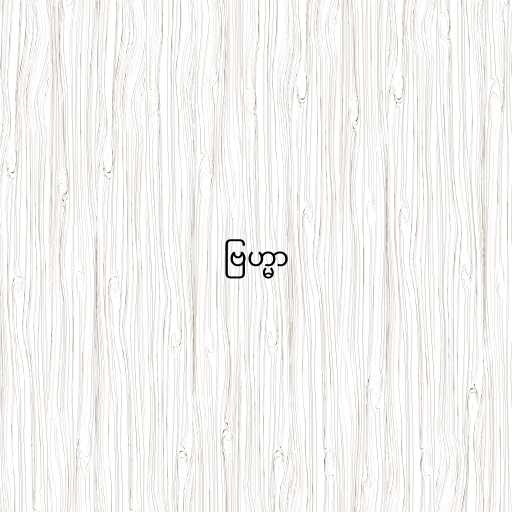
ဗြဟ္မာ